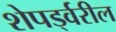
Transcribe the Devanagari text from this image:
शेपर्ड्वरील